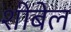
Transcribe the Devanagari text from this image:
शीबेल